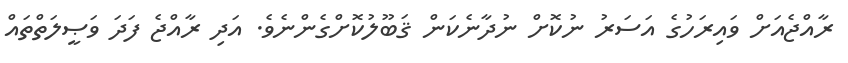
ރާއްޖެއަށް ވައިރަހުގެ އަސަރު ނުކޮށް ނުދާނެކަން ޤަބޫލުކޮށްގެންނެވެ. އަދި ރާއްޖެ ފަދަ ވަޞީލަތްތައް